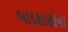
બાદશાહોના